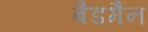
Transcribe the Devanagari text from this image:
बैडमैन